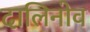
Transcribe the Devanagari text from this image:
दालिनोव